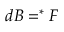
d B = ^ { * } F